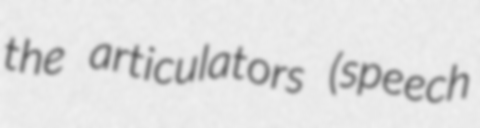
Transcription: the articulators (speech